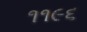
૧૧૯૬